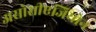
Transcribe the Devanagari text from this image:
असोसीएजियोन